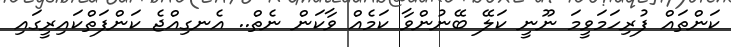
ކަންތައް ފުރިހަމަވީމަ ނޫނީ ކަލޭ ބޭނުންވާ ކަމެއް ވާކަން ނެތް.. އެނގިއްޖެ ކަންފަތްކައިރީގައި